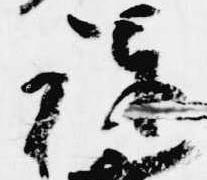
議